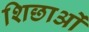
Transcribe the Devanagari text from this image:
शिछाओं